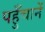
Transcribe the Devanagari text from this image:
पहुँचानें